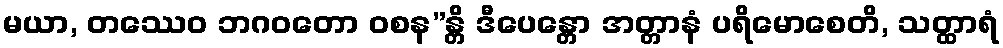
မယာ, တဿေဝ ဘဂဝတော ဝစန”န္တိ ဒီပေန္တော အတ္တာနံ ပရိမောစေတိ, သတ္ထာရံ